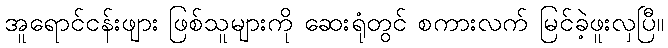
အူရောင်ငန်းဖျား ဖြစ်သူများကို ဆေးရုံတွင် စကားလက် မြင်ခဲ့ဖူးလှပြီ။